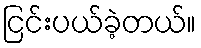
ငြင်းပယ်ခဲ့တယ်။